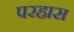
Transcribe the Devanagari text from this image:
परहास